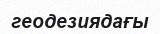
геодезиядағы